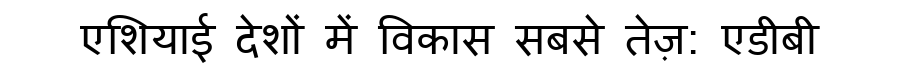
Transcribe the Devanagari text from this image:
एशियाई देशों में विकास सबसे तेज़: एडीबी